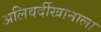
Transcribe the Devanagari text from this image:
अलिवर्दीखानाला